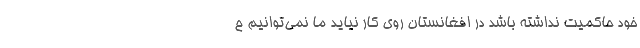
خود حاكميت نداشته باشد در افغانستان روي كار نيايد ما نمي‌توانيم ح